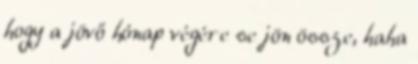
hogy a jövő hónap végére se jön össze, haha